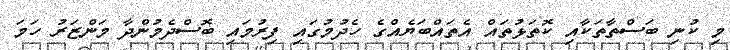
މި ކުނި ބަސްތާތަކާއި ކޮތަޅުތައް އެތައްބަޔެއްގެ ހެދުމުގައި ފިރުމައި ބޮސްދެމުންދާ މަންޒަރު ހަމަ